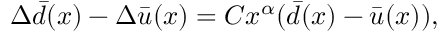
\Delta \bar { d } ( x ) - \Delta \bar { u } ( x ) = C x ^ { \alpha } ( \bar { d } ( x ) - \bar { u } ( x ) ) ,